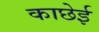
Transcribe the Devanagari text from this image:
काछेई